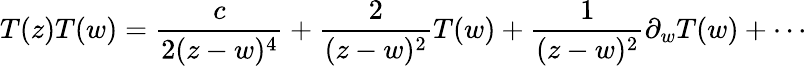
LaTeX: T(z)T(w)=\frac{c}{2(z-w)^{4}}+\frac{2}{(z-w)^{2}}T(w)+\frac{1}{(z-w)^{2}}\partial_{w}T(w)+\cdots